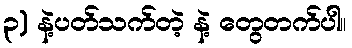
၃) နဲ့ပတ်သက်တဲ့ နဲ့ တွေတက်ပါ။